system: You are a helpful assistant.
user:
Analyze the provided spectrum to determine if it is a **M-type Giant (gM)**.

A M-type Giant spectrum is defined by its **strong molecular absorption** features, particularly from **Titanium Oxide (TiO)**. You must check for one of the following mutually exclusive signatures:

- **Key Visual Indicators (Absorption-Dominated Spectrum):**

    - **(Primary):** The spectrum is dominated by strong molecular absorption from **Titanium Oxide (TiO)**. This is the **defining feature** of its M-type temperature class.
        - **(Key Bandheads):** Look for sharp, "saw-tooth" absorption valleys. The strongest are located near **~7050 Å**, **~6160 Å**, and **~5170 Å**.
        - **(Line Profile):** The "saw-tooth" morphology is critical: a **sharp, steep drop on the BLUE (short-wavelength) side** of the bandhead, followed by a gradual recovery (rising flux) towards the RED (long-wavelength) side.

    - **(Key Confirmation - Giant vs. Dwarf):** **ABSENCE** of strong **Calcium Hydride (CaH)** molecular bands. This is the primary diagnostic for *excluding* M-dwarfs.
        - **(Key Region):** The spectrum should lack the strong, broad absorption band seen in dwarfs between **~6800 Å and ~7000 Å**.

    - **(Secondary Confirmation - Giant):** A very strong and broad **Neutral Calcium (Ca I)** atomic absorption line.
        - **(Key Line):** Located at **~4226 Å**. In a giant (gM), this line is significantly deeper and broader than the same line in an M-dwarf (dM) due to low surface gravity.

    - **(Overall Spectrum):**
        - The continuum is **extremely red-sloping** (i.e., flux is very low in the blue and rises dramatically towards the red).
        - The entire spectrum appears "chopped up" by the deep TiO bands.

Think first, call **spectral_visualization_tool** if needed to examine features in detail, then provide your final answer. Your response must adhere to the following strict rules:
1.  **Overall Structure:** Your response must follow the format `<think>...</think> <tool_call>...</tool_call> (if a tool is used) <answer>...</answer>`.
2.  **Tool Usage Constraint:** You may only make **one** tool call per turn.
3.  **Final Answer Format:** In the `<answer>` tag, your conclusion must be inside a `\boxed{}` command (e.g., `\boxed{YES}` or `\boxed{NO}`), followed by your justification.

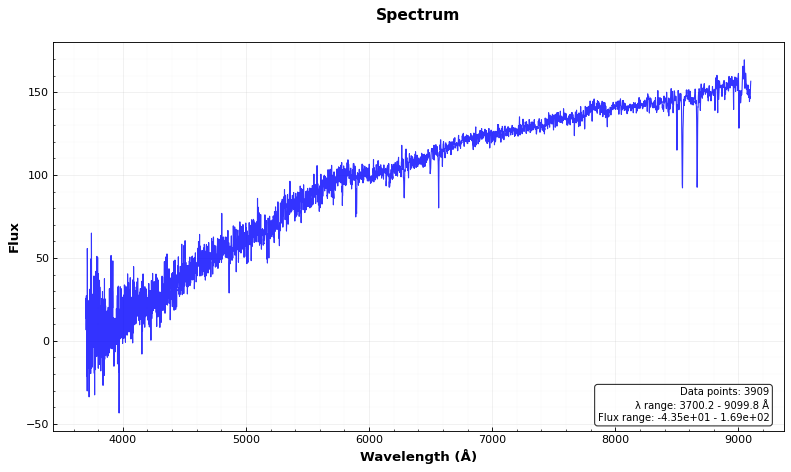
Answer: NO